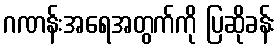
ဂဏန်းအရေအတွက်ကို ပြဆိုခန်း